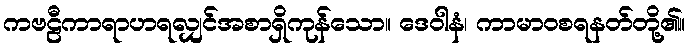
ကဗဠီကာရာဟရလျှင်အစာရှိကုန်သော။ ဒေဝါနံ၊ ကာမာဝစရနတ်တို့၏။